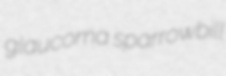
glaucoma sparrowbill